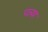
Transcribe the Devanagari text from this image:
पत्र्या